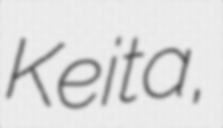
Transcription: Keita,